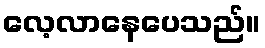
လေ့လာနေပေသည်။